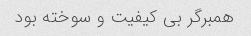
همبرگر بی کیفیت و سوخته بود